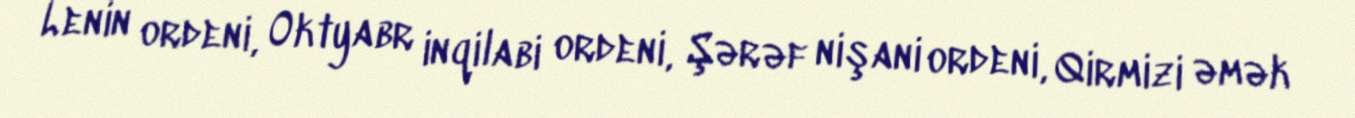
Lenin ordeni, Oktyabr inqilabi ordeni, Şərəf nişani ordeni, Qirmizi əmək